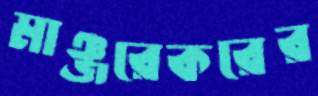
মাঞ্জরেকরের